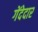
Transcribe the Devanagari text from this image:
गेंदेदार